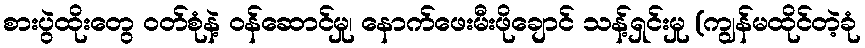
စားပွဲထိုးတွေ ဝတ်စုံနဲ့ ဝန်ဆောင်မှု၊ နောက်ဖေးမီးဖိုချောင် သန့်ရှင်းမှု (ကျွန်မထိုင်တဲ့ခုံ